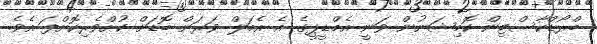
ބްރޯޑްކާސްޓިން ކޮމިޝަނުން ވަނީ އެމްޑީޕީގެ އެ އެމަލް ވަރަށް ބޮޑަށް ކުށްވެރިކޮށްފަ އެވެ.